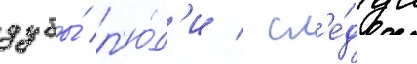
дубы́ л'ю́д'и / сл'е́дуа